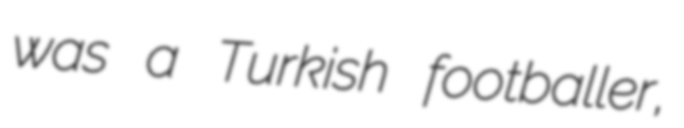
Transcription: was a Turkish footballer,